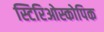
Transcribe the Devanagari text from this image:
स्टिरिओस्कोपिक